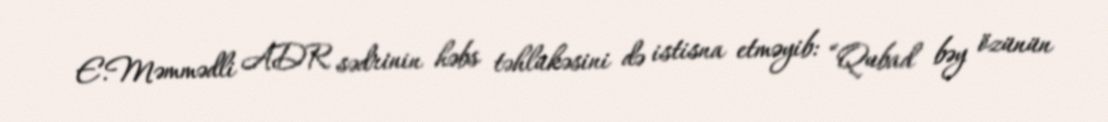
E.Məmmədli ADR sədrinin həbs təhlükəsini də istisna etməyib: “Qubad bəy özünün